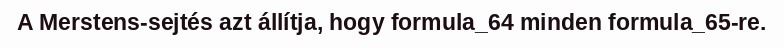
A Merstens-sejtés azt állítja, hogy formula_64 minden formula_65-re.